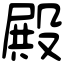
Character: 殿